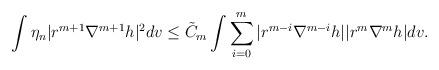
LaTeX: \begin{align*}&\int\eta_n|r^{m+1 }\nabla^{m+1}h|^2dv \leq \tilde C_m\int\sum_{i=0}^m |r^{m-i}\nabla^{m-i}h||r^{m}\nabla^{m}h|dv. \end{align*}